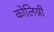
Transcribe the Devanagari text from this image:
कोलिग्नी